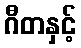
ဂီတနှင့်